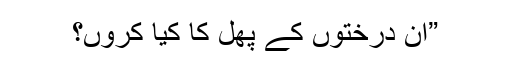
”ان درختوں کے پھل کا کیا کروں؟